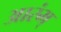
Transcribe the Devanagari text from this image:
आरंभ्